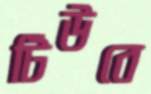
টিউবে